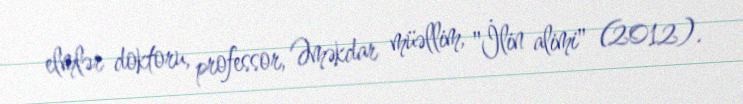
elmlər doktoru, professor, Əməkdar müəllim, "İlin alimi" (2012).